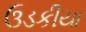
ઉડકીયા